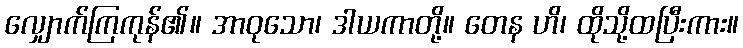
လျှောက်ကြကုန်၏။ အာဝုသော၊ ဒါယကာတို့။ တေန ဟိ၊ ထိုသို့ထပြီးကား။